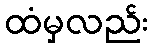
ထံမှလည်း